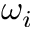
\omega _ { i }